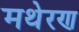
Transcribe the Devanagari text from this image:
मथेरण